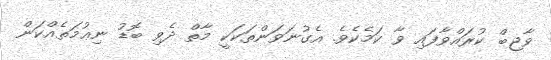
ވާޖިބް ކުރައްވާފައި ވާ ކަމެކެވެ. އެގުނަވަންތަކަކީ މާތް ދެވި ބޮޑު ނިޢުމަތެއްކަން